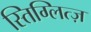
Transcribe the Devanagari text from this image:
स्तिग्लित्ज़